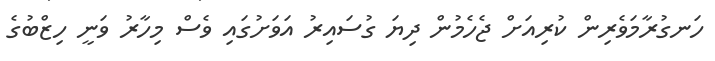
ހަނގުރާމަވެރިން ކުރިއަށް ޖެހެމުން ދިޔަ ގުސައިރު އަވަށުގައި ވެސް މިހާރު ވަނީ ހިޒްބުގެ